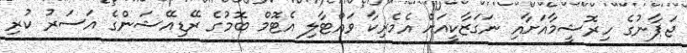
ޖަޕާނުގެ ހިރޮޝީމާއަށާއި ނަގަޒާކީއަށް އެމެރިކާ ވައްޓާލި އެޓޮމް ބޮމުގެ ރޭޑިއޭޝަންގެ އަސަރު ކުރި